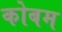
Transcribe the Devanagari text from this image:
कोबम